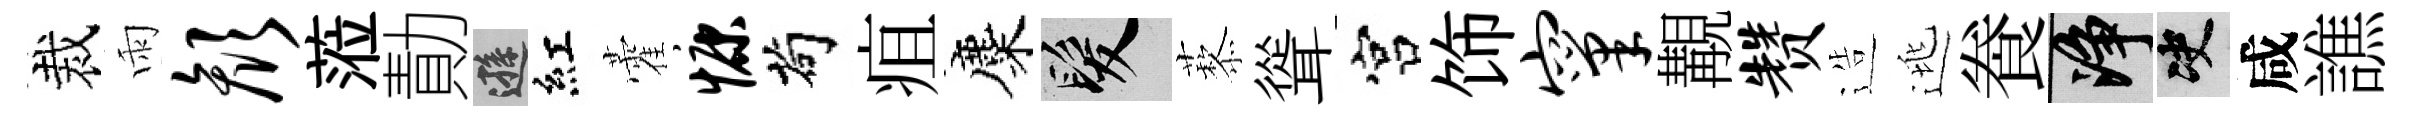
裁雨颜蒞勣遜紅藿慷茍疽麋髮藜聳宫饰窠覯赞造逃飬净决咸譙